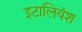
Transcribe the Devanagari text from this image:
इटालियंश